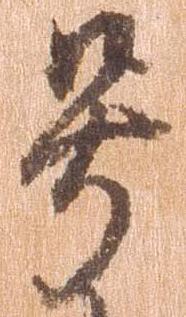
号